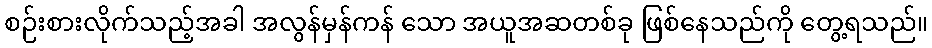
စဉ်းစားလိုက်သည့်အခါ အလွန်မှန်ကန် သော အယူအဆတစ်ခု ဖြစ်နေသည်ကို တွေ့ရသည်။